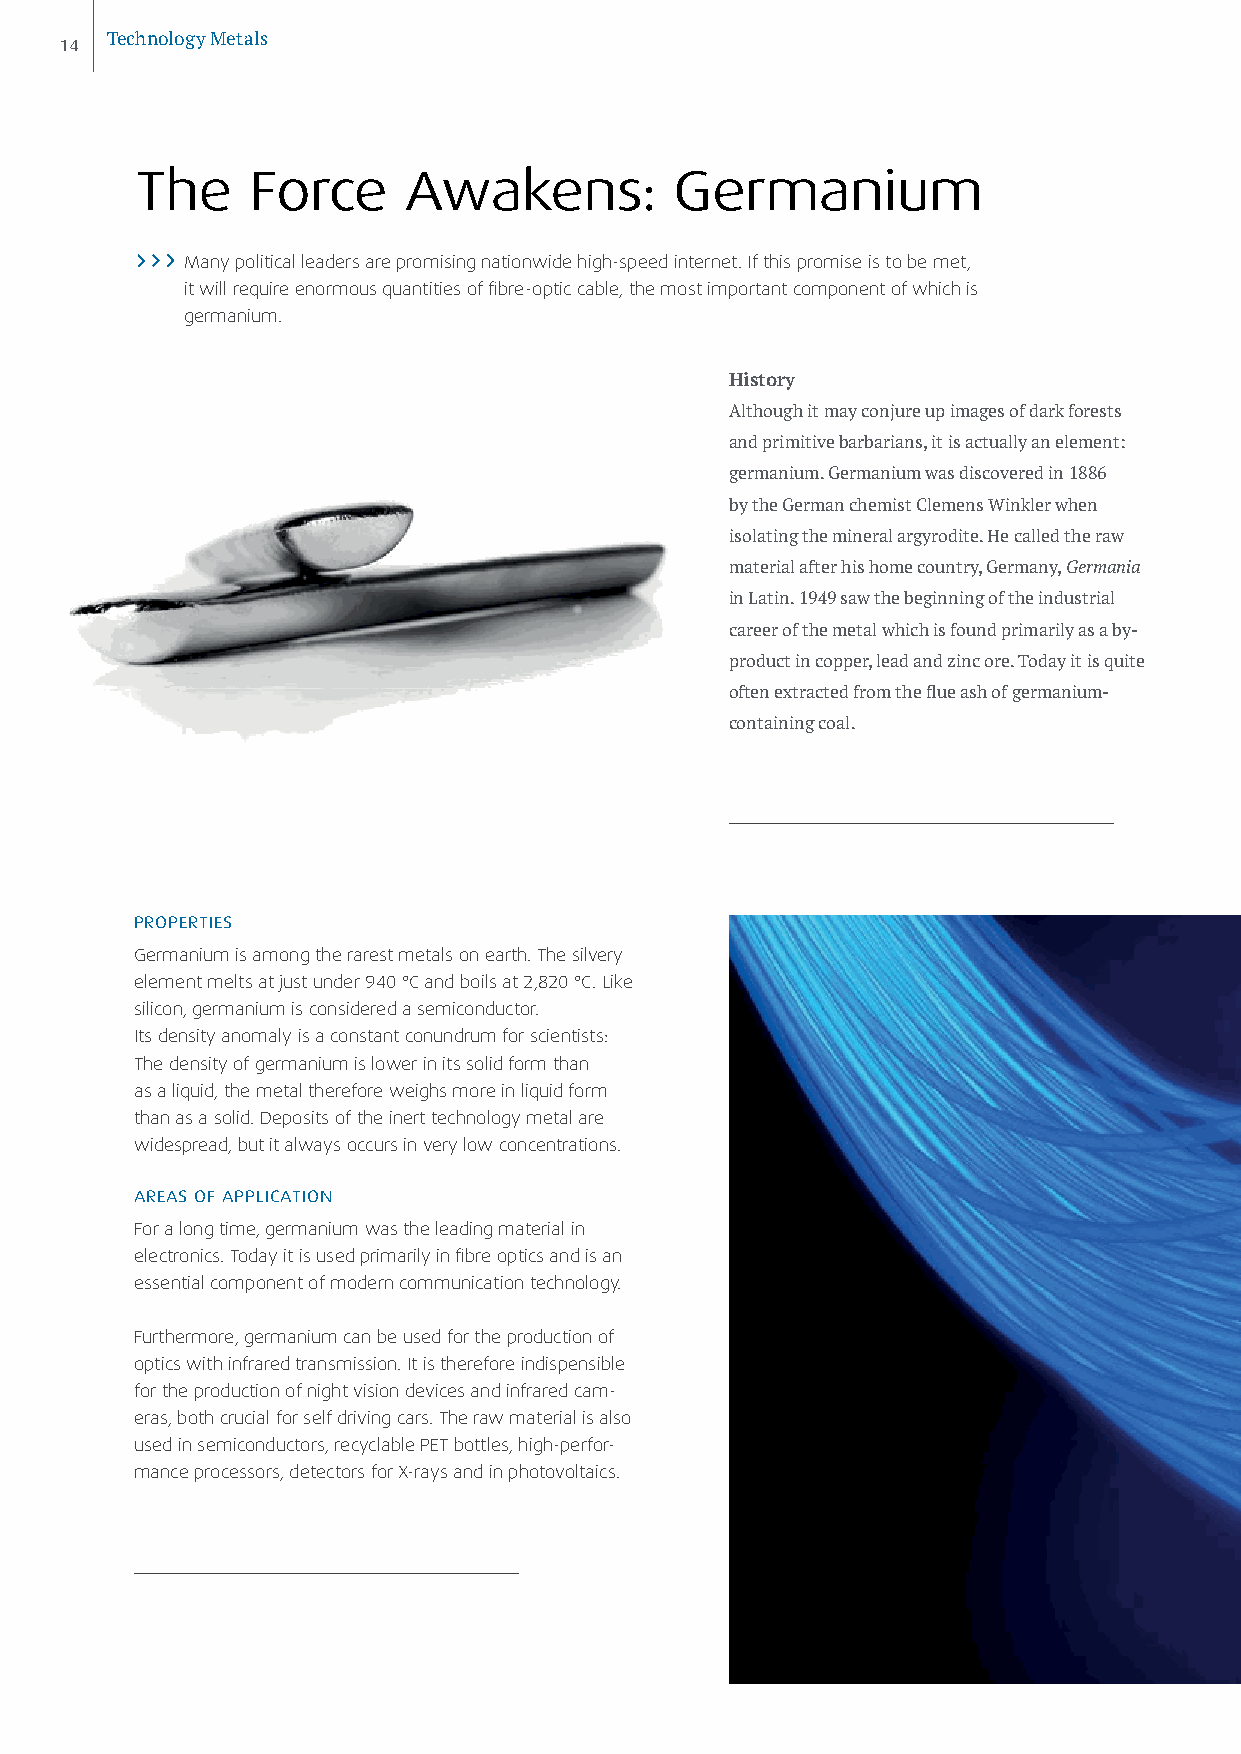
14 Technology Metals
 The    Force      Awakens:          Germanium
 Many political leaders are promising nationwide high-speed internet. If this promise is to be met,
 it will require enormous quantities of fibre-optic cable, the most important component of which is
 germanium.
 History
 Although it may conjure up images of dark forests
 and primitive barbarians, it is actually an element:
 germanium. Germanium was discovered in 1886
 by the German chemist Clemens Winkler when
 isolating the mineral argyrodite. He called the raw
 material after his home country, Germany, Germania
 in Latin. 1949 saw the beginning of the industrial
 career of the metal which is found primarily as a by-
 product in copper, lead and zinc ore. Today it is quite
 often extracted from the flue ash of germanium-
 containing coal.
 PROPERTIES
 Germanium is among the rarest metals on earth. The silvery
 element melts at just under 940 °C and boils at 2,820 °C. Like
 silicon, germanium is considered a semiconductor.
 Its density anomaly is a constant conundrum for scientists:
 The density of germanium is lower in its solid form than
 as a liquid, the metal therefore weighs more in liquid form
 than as a solid. Deposits of the inert technology metal are
 widespread, but it always occurs in very low concentrations.
 AREAS OF APPLICATION
 For a long time, germanium was the leading material in
 electronics. Today it is used primarily in fibre optics and is an
 essential component of modern communication technology.
 Furthermore, germanium can be used for the production of
 optics with infrared transmission. It is therefore indispensible
 for the production of night vision devices and infrared cam-
 eras, both crucial for self driving cars. The raw material is also
 used in semiconductors, recyclable PET bottles, high-perfor-
 mance processors, detectors for X-rays and in photovoltaics.